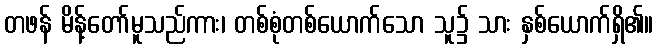
တဖန် မိန့်တော်မူသည်ကား၊ တစ်စုံတစ်ယောက်သော သူ၌ သား နှစ်ယောက်ရှိ၏။